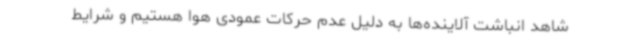
شاهد انباشت آلاینده‌ها به دلیل عدم حرکات عمودی هوا هستیم و شرایط